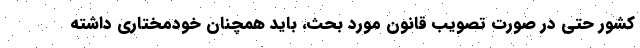
کشور حتی در صورت تصویب قانون مورد بحث، باید همچنان خودمختاری داشته